Trukikaitis_Postimees, lk 213
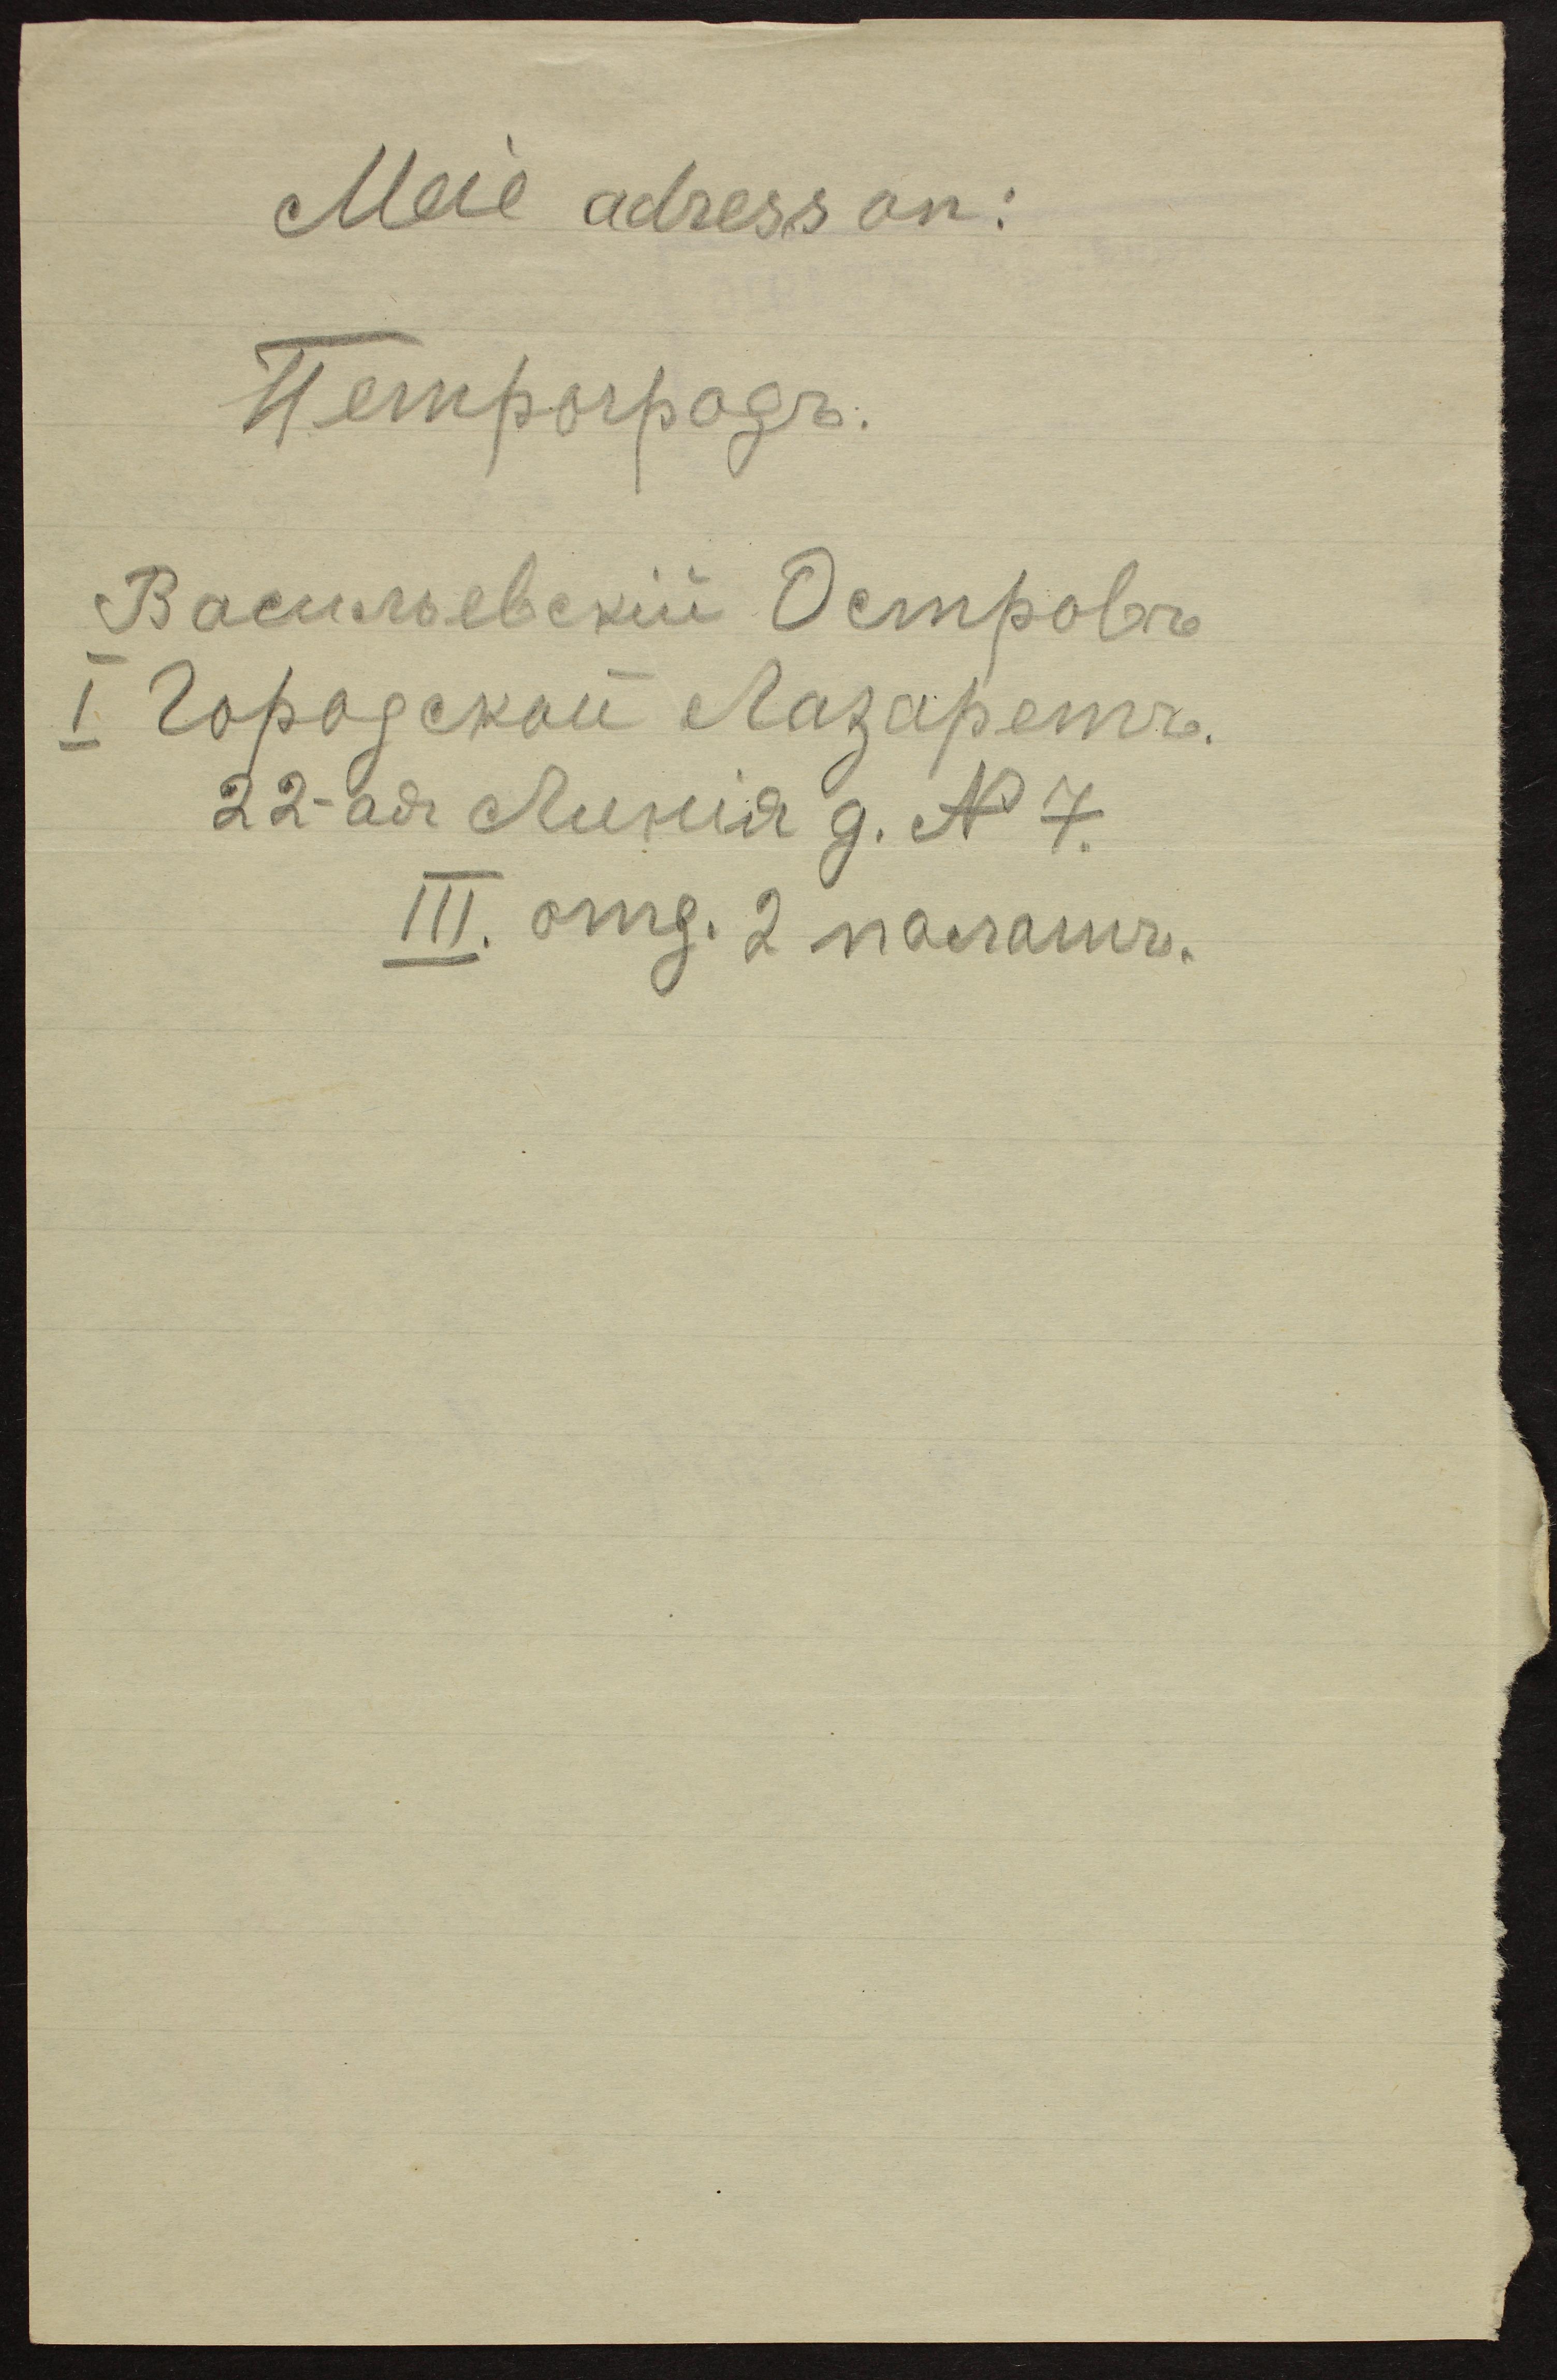
Meie adress on: